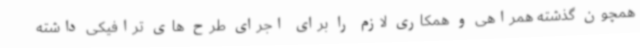
همچون گذشته همراهی و همکاری لازم را برای اجرای طرح های ترافیکی داشته